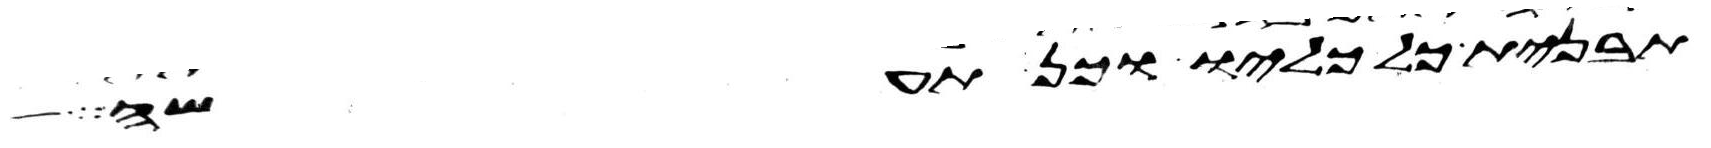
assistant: תבנית כל כליו וכן תעשה